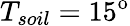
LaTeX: T_{soil}=15\mathrm{^o}